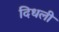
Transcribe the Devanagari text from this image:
दिधली